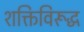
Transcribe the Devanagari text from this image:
शक्तिविरूद्ध